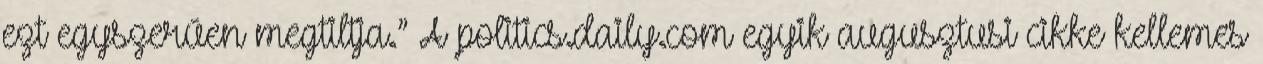
ezt egyszerűen megtiltja.” A politics.daily.com egyik augusztusi cikke kellemes